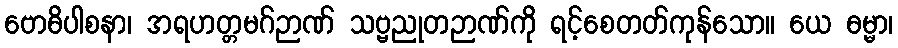
ဗောဓိပါစနာ၊ အရဟတ္တမဂ်ဉာဏ် သဗ္ဗညုတဉာဏ်ကို ရင့်စေတတ်ကုန်သော။ ယေ ဓမ္မာ၊